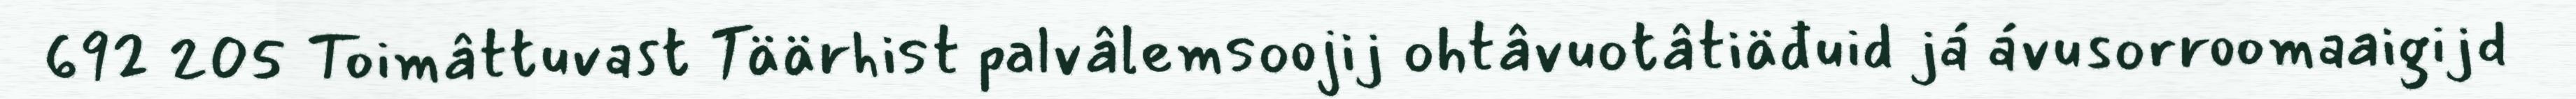
692 205 Toimâttuvast Täärhist palvâlemsoojij ohtâvuotâtiäđuid já ávusorroomaaigijd